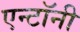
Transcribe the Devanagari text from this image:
एन्टॉनी